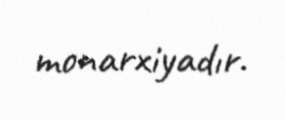
monarxiyadır.